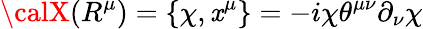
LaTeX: {\calX}(R^{\mu})=\{ {\chi},\mathit{x}^{\mu}\} =-i{\chi}{\theta}^{{\mu}{\nu}}{\partial}_{\nu}{\chi}